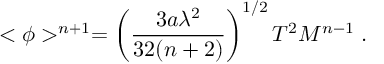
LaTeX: < \phi > ^ { n + 1 } = \left( { \frac { 3 a \lambda ^ { 2 } } { 3 2 ( n + 2 ) } } \right) ^ { 1 / 2 } T ^ { 2 } M ^ { n - 1 } \; .